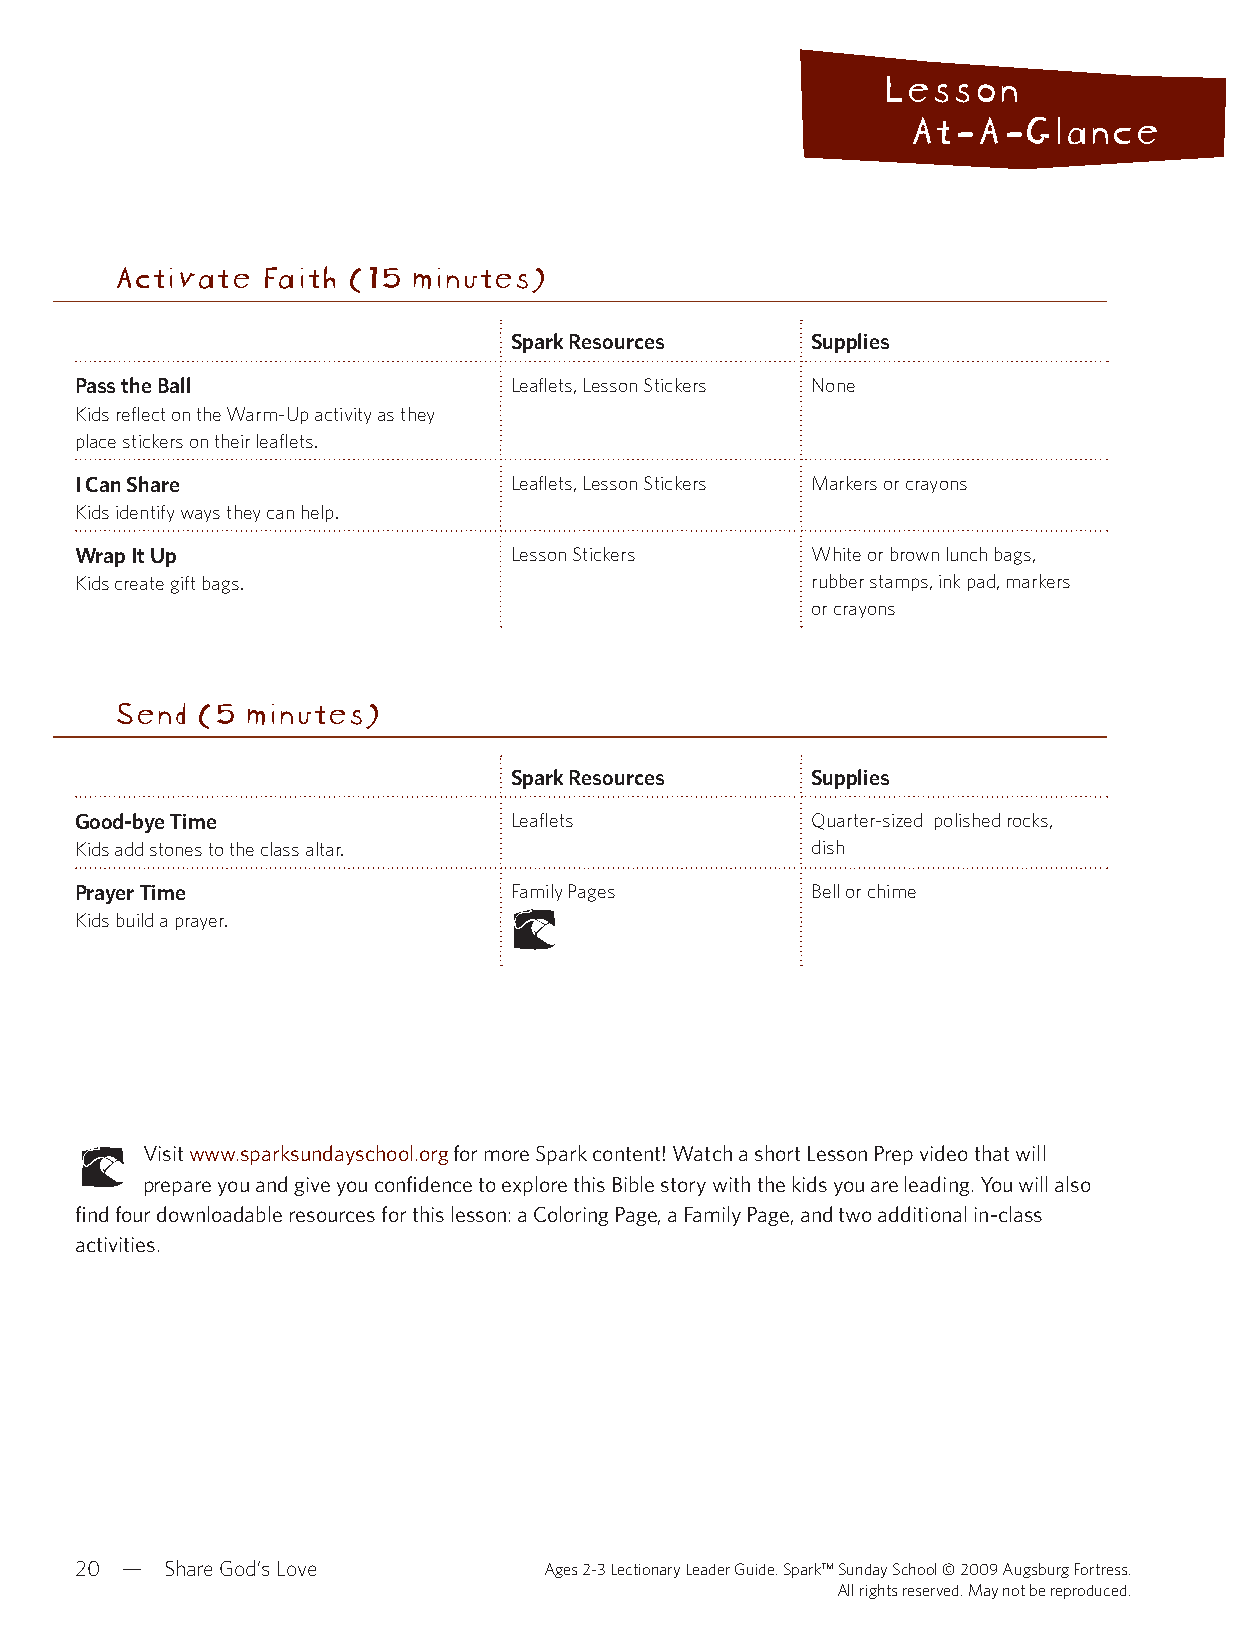
Lesson
 At-A-Glance
 Activate  Faith (15 minutes)
 Spark Resources     Supplies
 Pass the Ball                Leaflets, Lesson Stickers None
 Kids reflect on the Warm-Up activity as they
 place stickers on their leaflets.
 I Can Share                  Leaflets, Lesson Stickers Markers or crayons
 Kids identify ways they can help.
 Wrap It Up                   Lesson Stickers     White or brown lunch bags,
 Kids create gift bags.                           rubber stamps, ink pad, markers
 or crayons
 Send  (5 minutes)
 Spark Resources     Supplies
 Good-bye Time                Leaflets            Quarter-sized polished rocks,
 Kids add stones to the class altar.              dish
 Prayer Time                  Family Pages        Bell or chime
 Kids build a prayer.
 Visit www.sparksundayschool.org for more Spark content! Watch a short Lesson Prep video that will
 prepare you and give you confidence to explore this Bible story with the kids you are leading. You will also
 find four downloadable resources for this lesson: a Coloring Page, a Family Page, and two additional in-class
 activities.
 20 —  Share God’s Love         Ages 2-3 Lectionary Leader Guide. Spark™ Sunday School © 2009 Augsburg Fortress.
 All rights reserved. May not be reproduced.